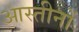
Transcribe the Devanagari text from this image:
आस्तीनों